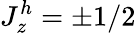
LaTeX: J_{z}^{h}=\pm 1/2